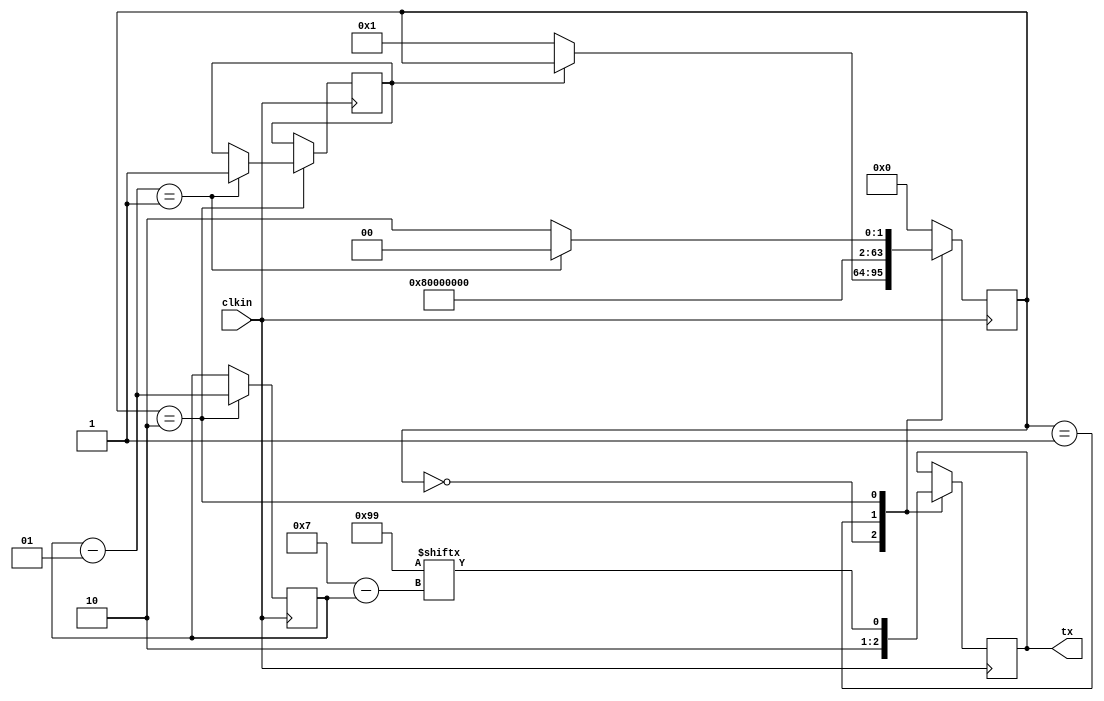
`timescale 1ns / 1ps

module uart_tx(
clkin, tx
    );
    input clkin;
    output reg tx; // output pin
    
    integer cst, st_no;
    integer i=7;
    reg [0:7]data; // LSB goes first, index=7 is LSB here
    reg done;
    
    initial begin
    tx=1;
    data=8'b1001_1001;
    done=0;
    end
    
    
    always@(posedge clkin) begin
        
        case(cst)
        0: begin st_no=0; tx=1; // stop bit =1 OR IDLE state
            if(done==0) cst=1; 
            end
        1: begin st_no=1; tx=0; cst=2; end // start bit = 0
        2: begin st_no=2;  // 8 bit data
            tx=data[i]; 
            i=i-1;
            if(i==-1) begin cst=0; done=1; end // if 8 bit data sent, send stop bit
			else begin cst=2; end
            end
        
        default: begin   st_no=99; cst=0; end
        endcase
    end
    
    
endmodule